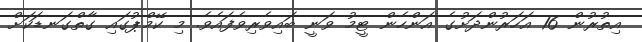
އިތުރުން 16 އަހަރުންދަށުގެ އަންހެން ޓީމު ވަނީ ބައިވެރިވެފައެވެ. މި ކޭމްޕުގައި ގާތްގަނޑަކަށް